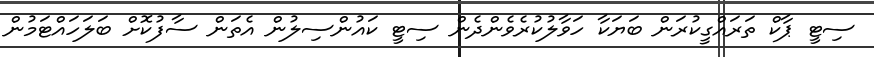
ސިޓީ ޕާކް ތަަރައްގީކުރަން ބަޔަކާ ހަވާލުކުރެވެންދެން ސިޓީ ކައުންސިލުން އެތަން ސާފުކޮށް ބަލަހައްޓަމުން